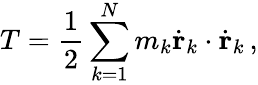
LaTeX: T={\frac{1}{2}}\sum_{k=1}^{N}m_{k}{\dot{\mathbf{r}}}_{k}\cdot{\dot{\mathbf{r}}}_{k}\, ,